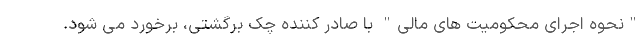
"نحوه اجرای محکومیت های مالی" با صادر کننده چک برگشتی، برخورد می شود.